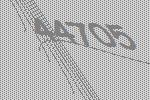
44705